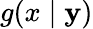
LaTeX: g(x\mid\mathbf{y})